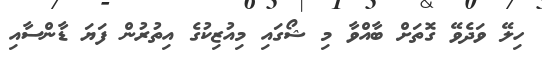
ހިލޭ ވަދެވޭ ގޮތަށް ބާއްވާ މި ޝޯގައި މިއުޒިކުގެ އިތުރުން ފަޔަ ޑާންސާއި